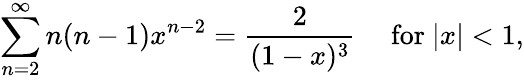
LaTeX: \sum_{n=2}^{\infty}n(n-1)x^{n-2}={\frac{2}{(1-x)^{3}}}\quad{\mathrm{~for~}}|x|<1,